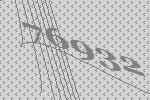
76932